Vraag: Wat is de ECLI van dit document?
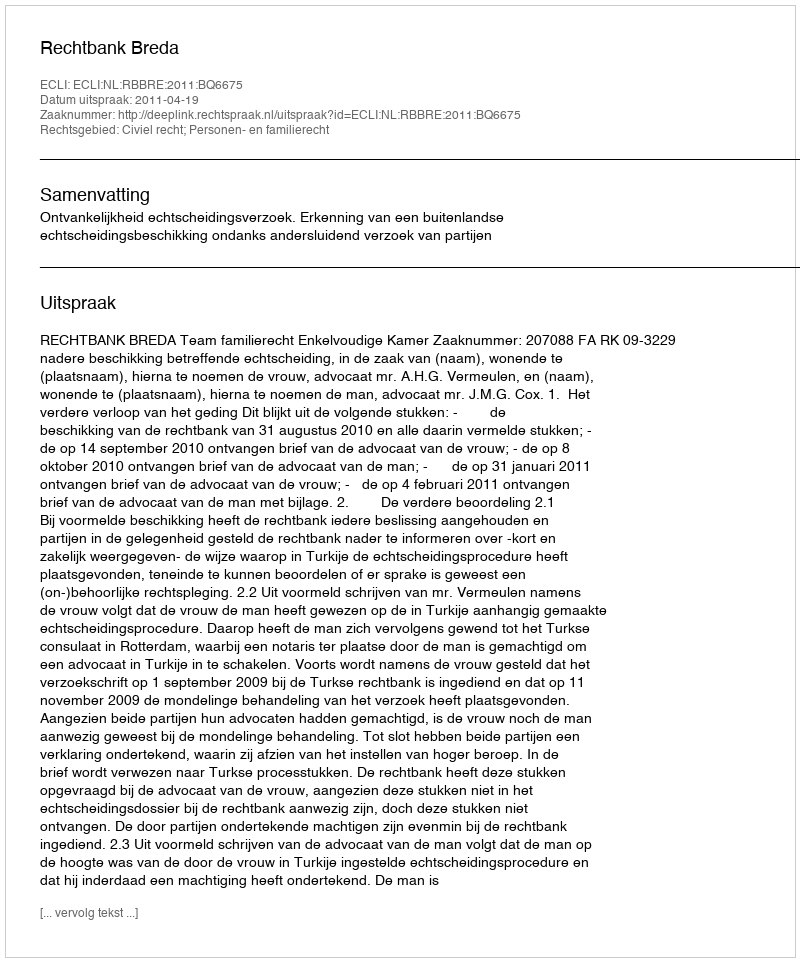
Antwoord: ECLI:NL:RBBRE:2011:BQ6675